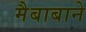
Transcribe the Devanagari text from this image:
मैबाबाने